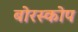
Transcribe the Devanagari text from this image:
बोरस्कोप